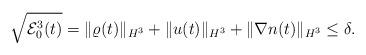
LaTeX: \begin{align*}\sqrt{\mathcal{E}_0^3 (t)}=\|\varrho(t)\|_{H^3}+\|u(t)\|_{H^3}+\|\nabla n(t)\|_{H^3} \le \delta.\end{align*}